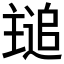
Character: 𬻾